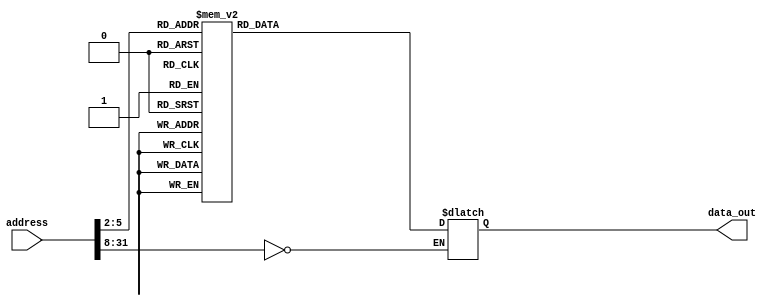
module rom32(address, data_out);
  input  [31:0] address;
  output [31:0] data_out;
  reg    [31:0] data_out;

  parameter BASE_ADDRESS = 25'd0; // address that applies to this memory

  wire [5:0] mem_offset;
  wire address_select;

  assign mem_offset = address[7:2];  // drop 2 LSBs to get word offset

  assign address_select = (address[31:8] == BASE_ADDRESS);  // address decoding

  always @(address_select or mem_offset)

  begin
    if ((address % 4) != 0) $display($time, " rom32 error: unaligned address %d", address);
    if (address_select == 1)
    begin
      case (mem_offset)
          5'd0  : data_out = {6'd35, 5'd0, 5'd2, 16'd4};            // lw $2, 4($0)     r2 = 1
          5'd1  : data_out = {6'd0, 5'd2, 5'd2, 5'd2, 5'd0, 6'd32}; // add $2, $2, $2   r2 = 2
          5'd2  : data_out = {6'd2, 26'd7};                         // jump to instruction 6
          5'd3  : data_out = {6'd0, 5'd2, 5'd2, 5'd2, 5'd0, 6'd32}; // add $2, $2, $2   r2 = 4 (should be skipped)
          5'd4  : data_out = 0;                                     // These are here just so our jump is more
          5'd5  : data_out = 0;                                     // visible
          5'd6  : data_out = 0;
          5'd7  : data_out = {6'd0, 5'd2, 5'd2, 5'd2, 5'd0, 6'd32}; // add $2, $2, $2   r2 = 4
          5'd8  : data_out = {6'd0, 5'd2, 5'd2, 5'd2, 5'd0, 6'd32}; // add $2, $2, $2   r2 = 8
          default data_out = 32'hxxxx;
      endcase

      $display($time, " reading data: rom32[%h] => %h", address, data_out);

    end
  end
endmodule